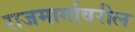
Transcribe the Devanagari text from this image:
राजमार्गावरील